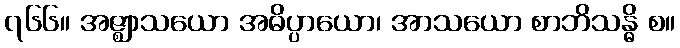
၇၆၆။ အဇ္ဈာသယော အဓိပ္ပာယော၊ အာသယော စာဘိသန္ဓိ စ။